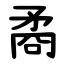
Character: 矞